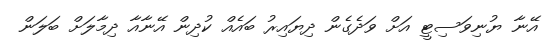
އޭނާ ޔުނިވަސިޓީ އަށް ވަދެގެން ދިޔައިރު ބައެއް ކުދިން އޭނާއާ ދިމާލަށް ބަލަން